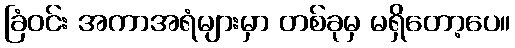
ခြံဝင်း အကာအရံများမှာ တစ်ခုမှ မရှိတော့ပေ။